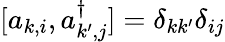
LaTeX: [a_{k,i},a_{k^{\prime},j}^{\dagger}]=\delta_{kk^{\prime}}\delta_{ij}